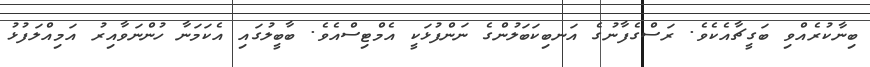
ބިނާކުރެއްވި ބަގީޗާއެކެވެ. ރަސްގެފާނުގެ އަނބިކަބަލުންގެ ނަންފުޅަކީ އެމްޓިސްއެވެ. ބާބީލުގައި އެކަމަނާ ހުންނަވާއިރު އަމިއްލަފުޅު